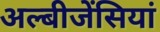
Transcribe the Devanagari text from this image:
अल्बीजेंसियां